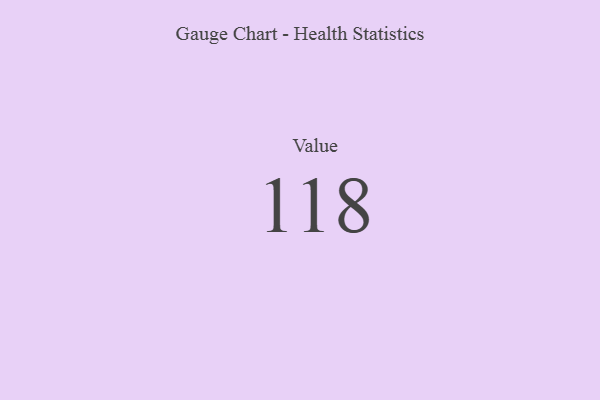
{"axis": {"x": "Metric", "y": "Value"}, "legend": [""], "data": [{"x": "Value", "y": 118, "type": ""}]}